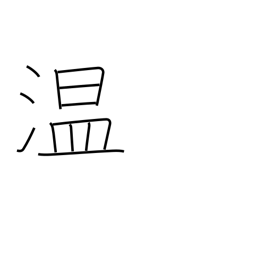
Meaning: warm